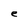
Character: e